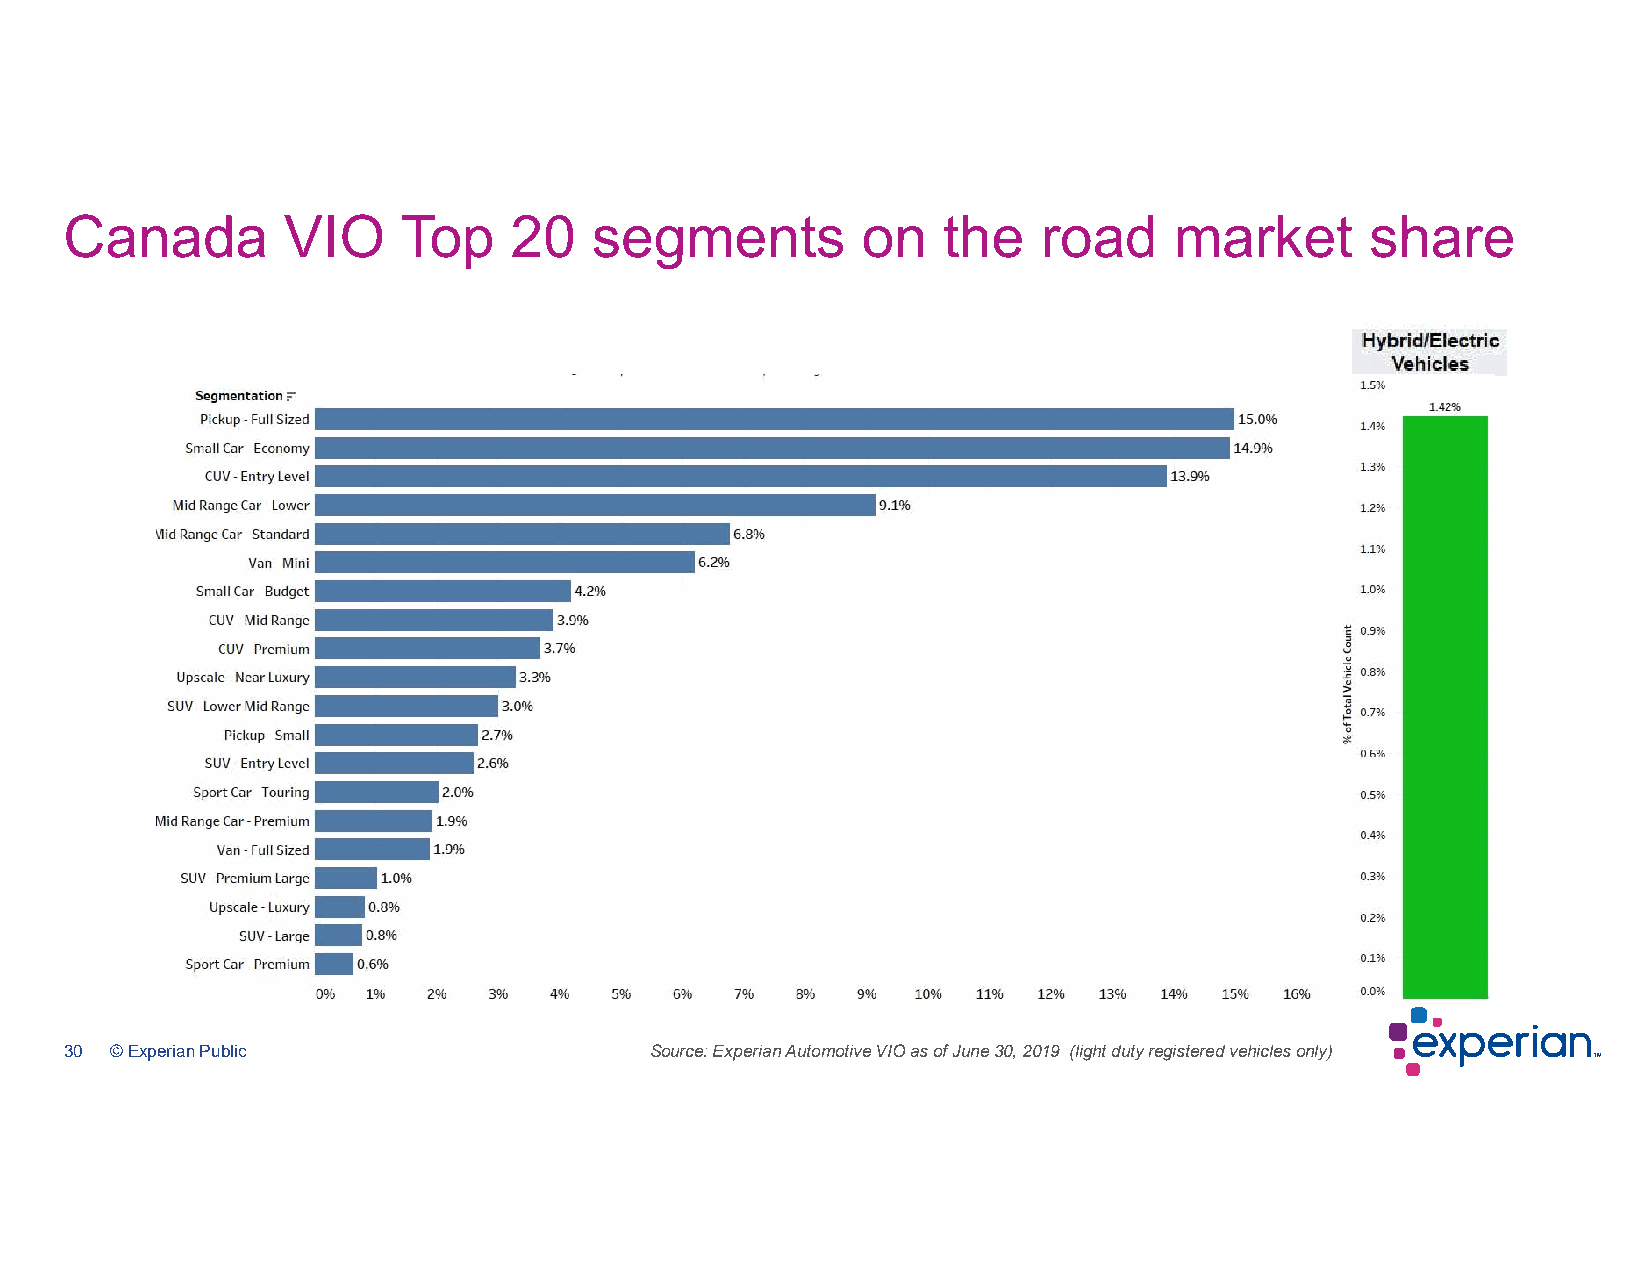
Canada         VIO    Top     20   segments          on   the    road     market       share
 30 © Experian Public                   Source: Experian Automotive VIO as of June 30, 2019 (light duty registered vehicles only)